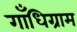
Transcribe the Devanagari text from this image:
गाँधिग्राम